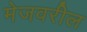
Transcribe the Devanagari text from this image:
मेजवरील